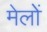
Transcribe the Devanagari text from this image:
मेलोें